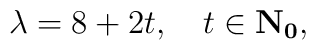
\lambda = 8+2t, \quad t \in \bf{N}_0,